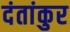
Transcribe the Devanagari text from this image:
दंतांकुर